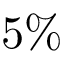
5 \%